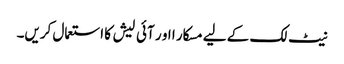
نیٹ لک کے لیے مسکار ا او ر آئی لیش کا استعمال کریں۔